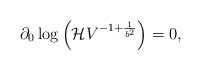
\begin{align*}\partial_0 \log\left( {\cal H} V^{ -1 + {1 \over b^2}} \right) = 0, \end{align*}